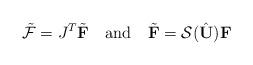
LaTeX: \begin{align*}\tilde{\mathcal F}=J^T\tilde{\mathbf F}\quad\mbox{and}\quad\tilde{\mathbf F}=\mathcal S(\hat{\mathbf U}){\mathbf F}\end{align*}